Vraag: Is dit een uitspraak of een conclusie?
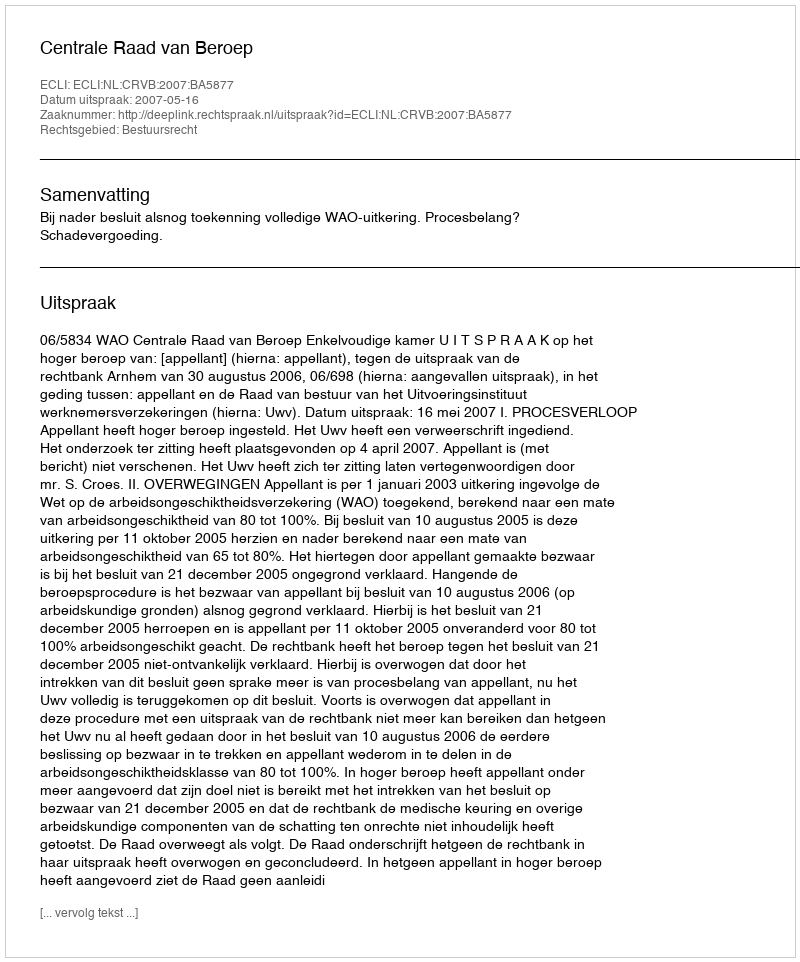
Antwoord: Uitspraak